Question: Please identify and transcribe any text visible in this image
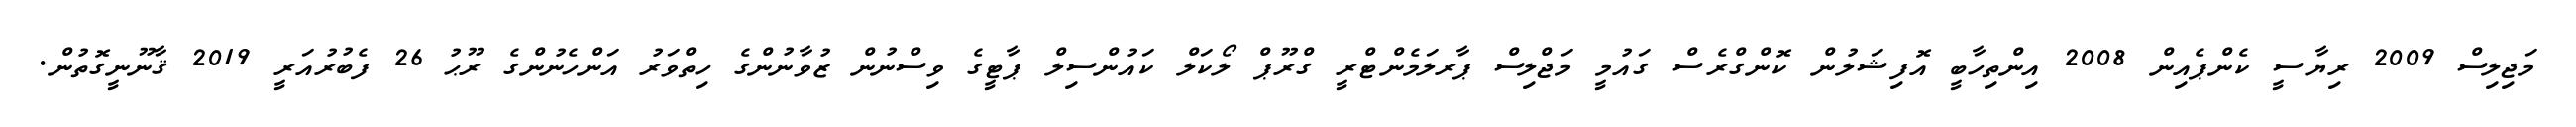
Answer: މަޖިލިސް 2009 ރިޔާސީ ކެންޕެއިން 2008 އިންތިހާބީ އޮފިޝަލުން ކޮންގްރެސް ގައުމީ މަޖްލިސް ޕާރލަމެންޓްރީ ގްރޫޕް ލޯކަލް ކައުންސިލް ޕާޓީގެ ވިސްނުން ޒުވާނުންގެ ހިތްވަރު އަންހެނުންގެ ރޫޙު 26 ފެބުރުއަރީ 2019 ޤާނޫނީގޮތުން.